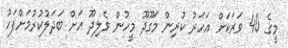
މީގެ 40 ވަރަކަށް އަހަރު ކުރިން މަގޫދޫ މީހުން ވެލިދޫ އަށް ބަދަލުކުރުމަށްފަހު